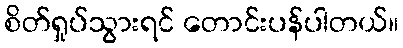
စိတ်ရှုပ်သွားရင် တောင်းပန်ပါတယ်။